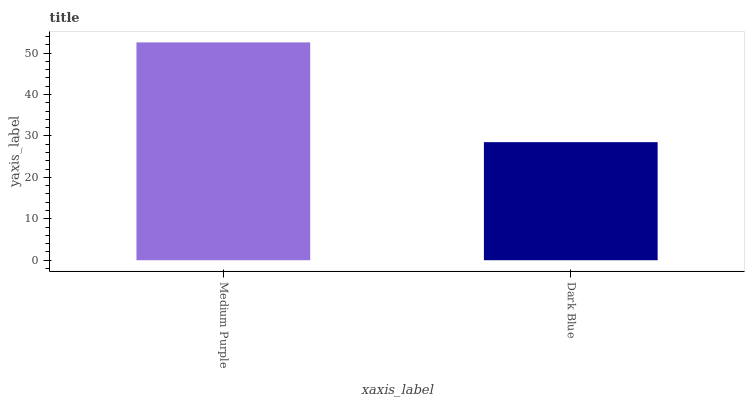
| xaxis_label | bars |
 | --- | --- |
 | Medium Purple | 52.6 |
 | Dark Blue | 28.5 |